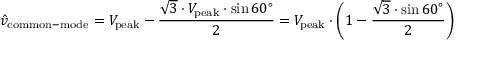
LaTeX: { \hat { v } } _ { \mathrm { c o m m o n - m o d e } } = V _ { \mathrm { p e a k } } - { \frac { { \sqrt { 3 } } \cdot V _ { \mathrm { p e a k } } \cdot \sin 6 0 ^ { \circ } } { 2 } } = V _ { \mathrm { p e a k } } \cdot { \Biggl ( } 1 - { \frac { { \sqrt { 3 } } \cdot \sin 6 0 ^ { \circ } } { 2 } } { \Biggl ) }